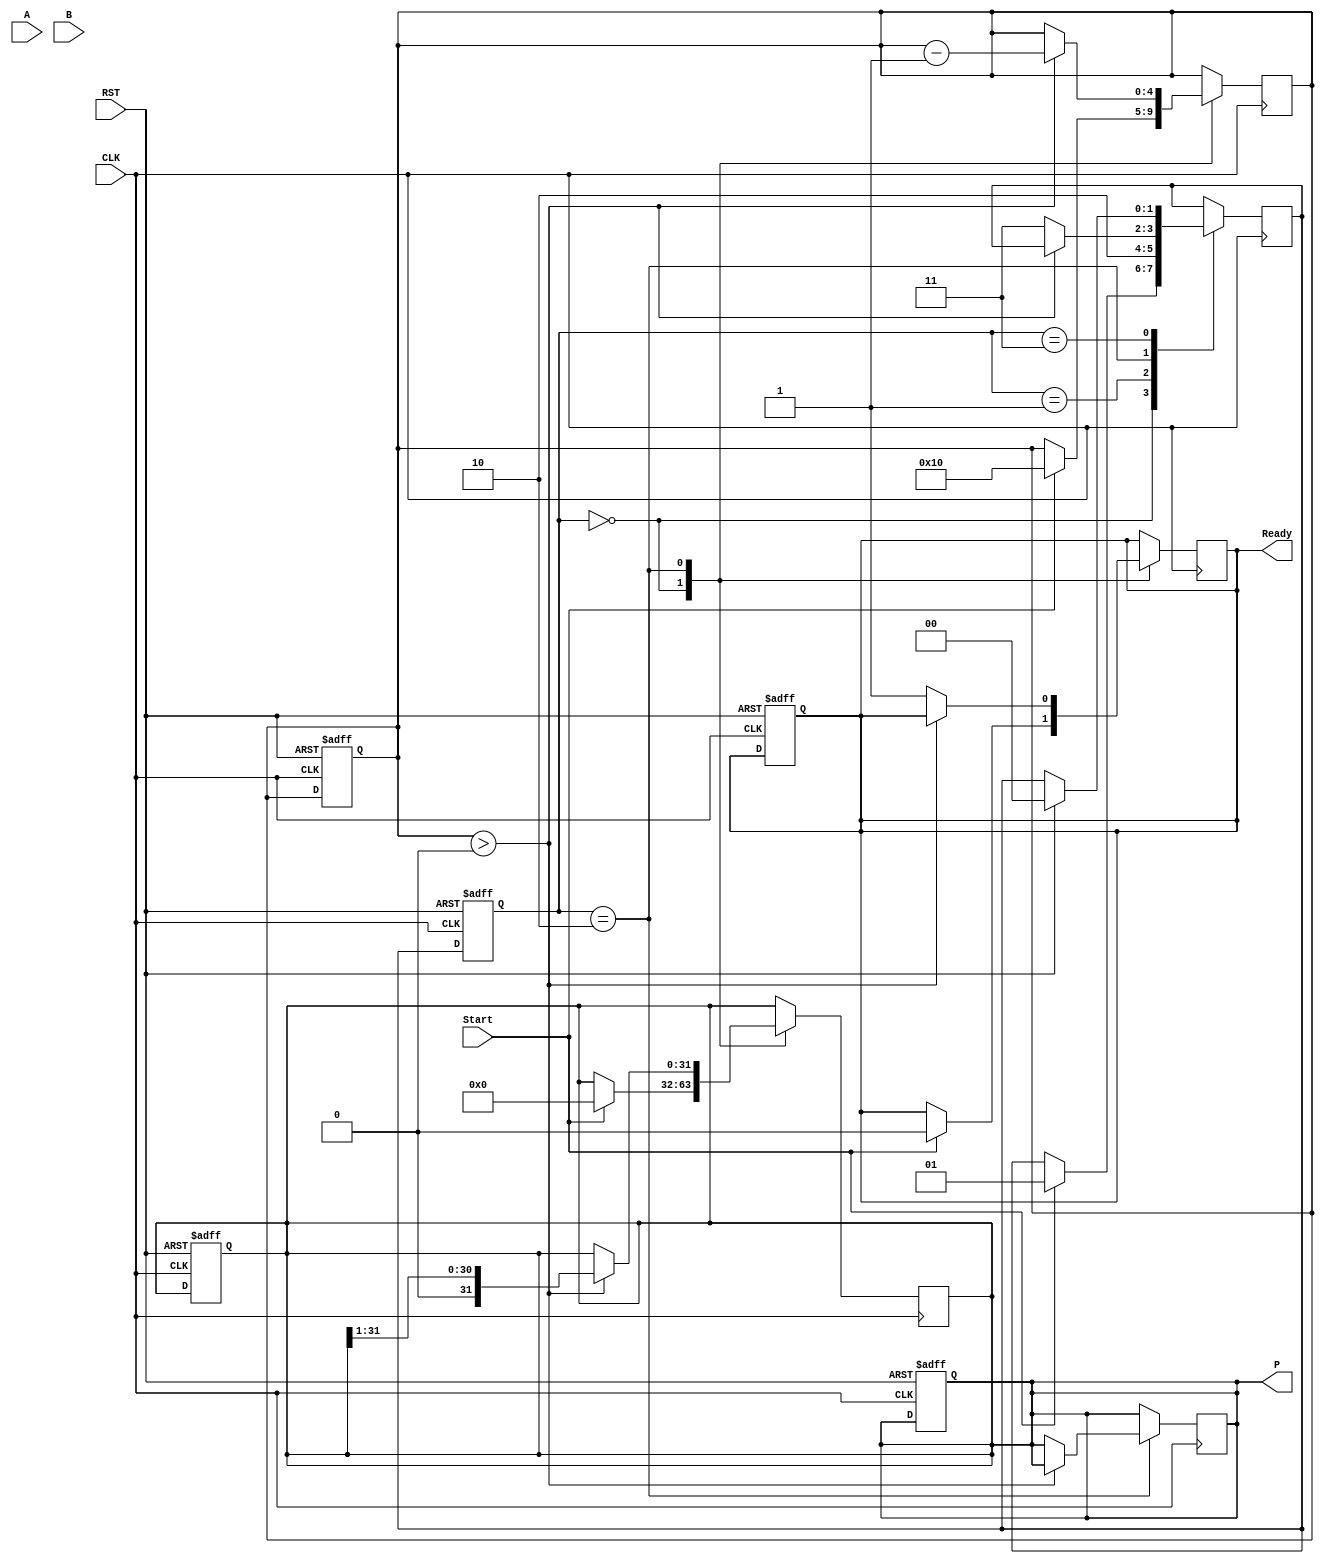
module booth_multiplier (
    input wire [15:0] A,         // Multiplicand
    input wire [15:0] B,         // Multiplier
    input wire Start,            // Control Signal
    input wire CLK,              // Clock
    input wire RST,              // Reset
    output reg [31:0] P,         // Product
    output reg Ready             // Indicates completion
);

    reg [15:0] A_reg;           // Multiplicand register
    reg [15:0] B_reg;           // Multiplier register
    reg [15:0] Q_reg;           // Current value of the multiplier
    reg Q_minus_1;              // Previous LSB of Q_reg
    reg [31:0] Product_reg;      // Accumulator for the product
    reg [4:0] count;            // Counter for bit processing

    // State Definitions
    parameter IDLE = 2'b00, LOAD = 2'b01, EXECUTE = 2'b10, COMPLETE = 2'b11;
    reg [1:0] state, next_state;

    // Always block for managing states and computations
    always @(posedge CLK or posedge RST) begin
        if (RST) begin
            state <= IDLE;
            P <= 0;
            Ready <= 0;
            count <= 0;
            Q_minus_1 <= 0;
            Product_reg <= 0;
        end else begin
            state <= next_state;
        end
    end

    always @(posedge CLK) begin
        case (state)
            IDLE: begin
                if (Start) begin
                    A_reg <= A;               // Load multiplicand
                    B_reg <= B;               // Load multiplier
                    Q_reg <= 0;               // Initialize Q_reg
                    Q_minus_1 <= 0;           // Initialize Q_-1
                    Product_reg <= 0;        // Clear product accumulator
                    count <= 16;              // Set count for 16 bits
                    next_state <= LOAD;
                    Ready <= 0;
                end
            end
            
            LOAD: begin
                // Move to Execute state
                next_state <= EXECUTE;
            end

            EXECUTE: begin
                if (count > 0) begin
                    // Booth Encoding logic
                    case ({Q_reg[0], Q_minus_1})
                        2'b01: Product_reg <= Product_reg + {A_reg, 16'b0}; // Add A
                        2'b10: Product_reg <= Product_reg - {A_reg, 16'b0}; // Subtract A
                        2'b00: Product_reg <= Product_reg;                     // No operation
                        2'b11: Product_reg <= Product_reg;                     // No operation
                    endcase

                    // Arithmetic right shift
                    {Product_reg, Q_reg} <= {Product_reg, Q_reg} >> 1;

                    Q_minus_1 <= Q_reg[0];  // Update Q_-1
                    count <= count - 1;      // Decrement the count
                end else begin
                    P <= Product_reg;         // Store final result in P
                    Ready <= 1;               // Signal multiplication completion
                    next_state <= COMPLETE;   // Move to complete state
                end
            end

            COMPLETE: begin
                // Stay in COMPLETE until reset
                if (RST) next_state <= IDLE;
            end
        endcase
    end
endmodule